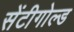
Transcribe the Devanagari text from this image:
सेंटीगोल्ड